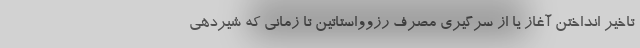
تاخیر انداختن آغاز یا از سرگیری مصرف رزوواستاتین تا زمانی که شیردهی